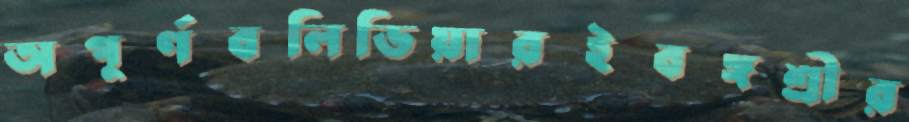
অপূর্ণবলিভিয়ারইবঙ্গশ্রীর